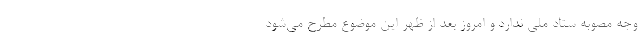
وجه مصوبه ستاد ملی ندارد و امروز بعد از ظهر این موضوع مطرح می‌شود